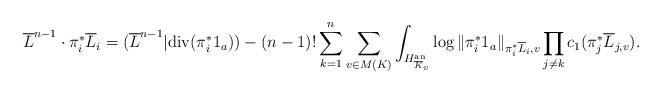
LaTeX: \begin{align*} \overline{L}^{n-1}\cdot\pi_i^{*}\overline{L}_i = (\overline{L}^{n-1}|\mathrm{div}(\pi_i^*1_a)) -(n-1)!\sum_{k=1}^n\sum_{v \in M(K)}\int_{H^{\mathrm{an}}_{\overline{K}_v}}\log \|\pi_i^*1_a\|_{\pi_i^{*}\overline{L}_i ,v}\prod_{j \neq k }c_1(\pi_j^*\overline{L}_{j,v}). \end{align*}